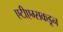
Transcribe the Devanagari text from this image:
एटीएम्सकडून